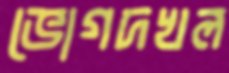
ভোগদখল